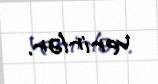
verirlər.